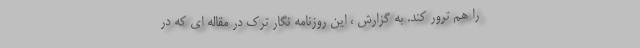
را هم ترور کند. به گزارش ، این روزنامه نگار ترک در مقاله ای که در